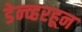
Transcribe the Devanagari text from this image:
डेन्व्हरहून